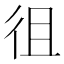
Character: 徂